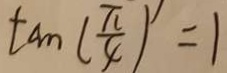
\tan ( \frac { \pi } { 4 } ) ^ { \prime } = 1